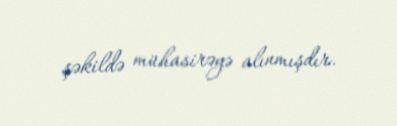
şəkildə mühasirəyə alınmışdır.